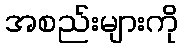
အစည်းများကို